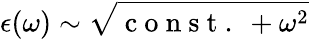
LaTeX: \epsilon(\omega)\sim\sqrt{\mathrm{~c~o~n~s~t~.~}+\omega^{2}}